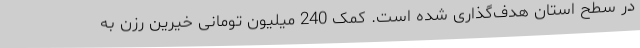
در سطح استان هدف‌گذاری شده است. کمک 240 میلیون تومانی خیرین رزن به